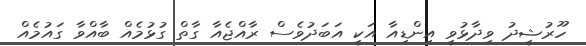
ހޫރުޝީދު ވިދާޅުވީ އިންޑިއާ އަކީ އަބަދުވެސް ރާއްޖެއާ ގާތް ގުޅުމެއް ބާއްވާ ގައުމެއް